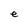
Character: e